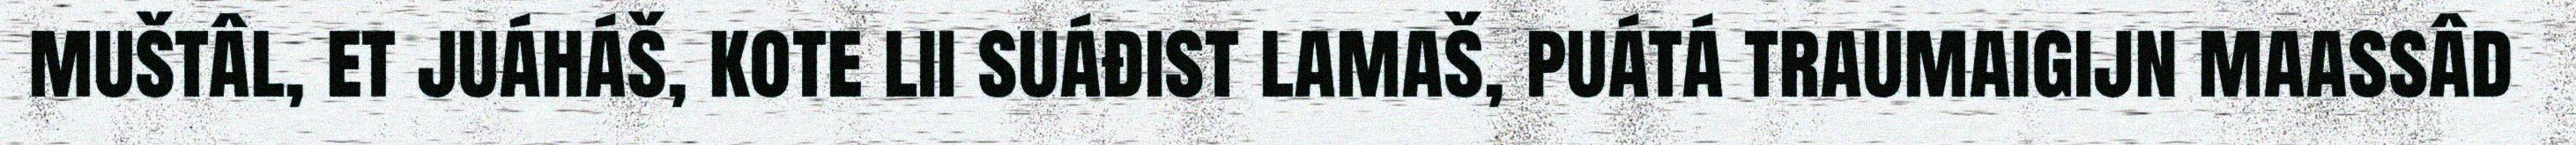
muštâl, et juáháš, kote lii suáđist lamaš, puátá traumaigijn maassâd